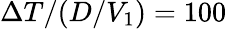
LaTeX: \Delta T/(D/V_{1})=100